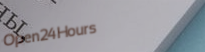
Open24Hours